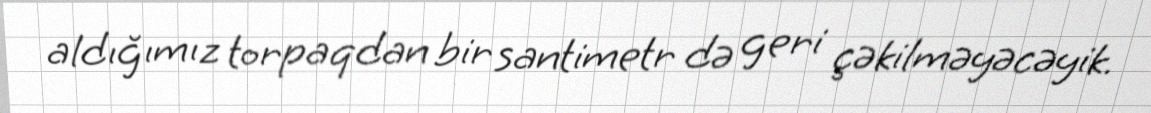
aldığımız torpaqdan bir santimetr də geri çəkilməyəcəyik.